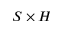
S \times H